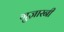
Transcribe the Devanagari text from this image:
गुज़ारनी